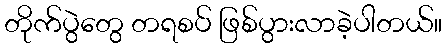
တိုက်ပွဲတွေ တရစပ် ဖြစ်ပွားလာခဲ့ပါတယ်။